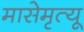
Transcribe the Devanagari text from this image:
मासेमृत्यू